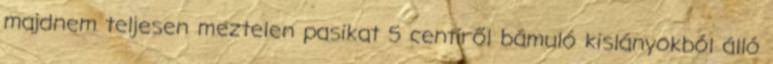
majdnem teljesen meztelen pasikat 5 centiről bámuló kislányokból álló